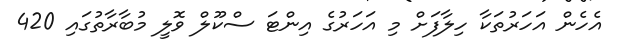
އެހެން އަހަރުތަކާ ހިލާފަށް މި އަހަރުގެ އިންޓަ ސްކޫލް ވޮލީ މުބާރާތުގައި 420